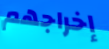
إخراجهم